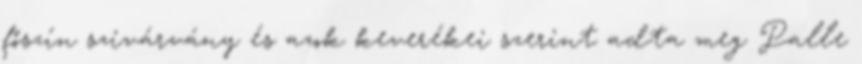
főszín szivárvány és azok keverékei szerint adta meg Palle